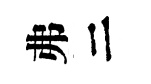
弗二